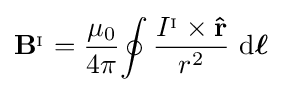
\mathbf {B} ^{_{\mathrm {I} }}={\frac {\mu _{0}}{4\pi }}\!\oint {\frac {I^{_{\mathrm {I} }}\times \mathbf {\hat {r}} }{r^{2}}}\,\operatorname {d} \!\mathbf {\boldsymbol {\ell }}